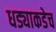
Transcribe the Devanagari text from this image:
धड्याकडेच